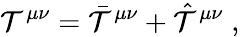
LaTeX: \mathcal{T}^{\mu\nu}=\bar{{\mathcal{T}}}^{\mu\nu}+\hat{{\mathcal{T}}}^{\mu\nu}\; ,